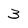
Character: 3